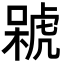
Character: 𣘫